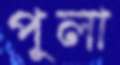
পুলা